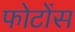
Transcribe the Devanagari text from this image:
फोटोंस